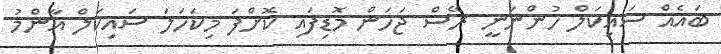
ބައެއް ސައިކަލް ހުންނަނީ ރޭސް ޖަހަން މޮޑިފައި ކޮށްފަ މިކަހަލަ ސައިކަލް އާންމު